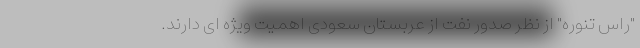
"راس تنوره" از نظر صدور نفت از عربستان سعودی اهمیت ویژه ای دارند.